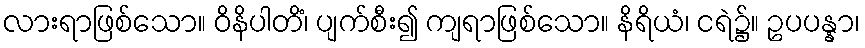
လားရာဖြစ်သော။ ဝိနိပါတိံ၊ ပျက်စီး၍ ကျရာဖြစ်သော။ နိရိယံ၊ ငရဲ၌။ ဥပပန္နာ၊